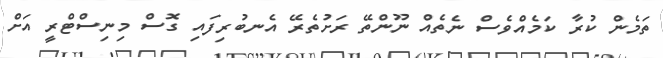
ތަމެން ކުރާ ކަމެއްވެސް ނެތެއް ނޫންތޭ ރަށުތެރޭ އެނބުރިފައި ގޮސް މިނިސްޓްރީ އަށް